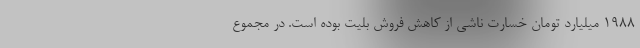
1988 میلیارد تومان خسارت ناشی از کاهش فروش بلیت بوده است. در مجموع